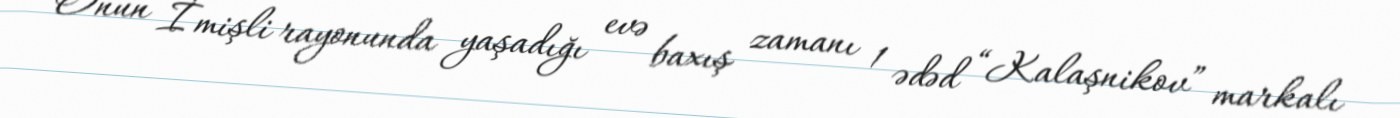
Onun İmişli rayonunda yaşadığı evə baxış zamanı 1 ədəd “Kalaşnikov” markalı